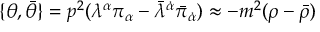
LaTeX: \{ \theta , \bar { \theta } \} = p ^ { 2 } ( \lambda ^ { \alpha } \pi _ { \alpha } - \bar { \lambda } ^ { \dot { \alpha } } \bar { \pi } _ { \dot { \alpha } } ) \approx - m ^ { 2 } ( \rho - \bar { \rho } )